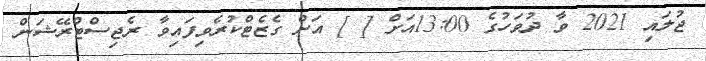
ޖުލައި 2021 ވާ ދުވަހުގެ 13:00އަށް [ ] އަށް ގެޒެޓްކުރެވިފައިވާ ރެޖިސްޓްރޭޝަން